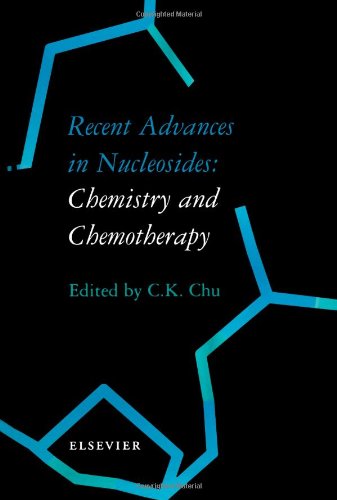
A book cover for Recent Advances in Nucleosides: Chemistry and Chemotherapy; C.K. Chu; Medical Books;